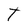
Character: T